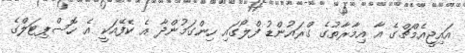
އައިޖީއެމްޗްގެ އާ އިމާރާތުގެ ގްރައުންޑު ފްލޯގައި ހިންގަމުންދާ އެ ކެފޭއަކީ އެ ހޮސްޕިޓަލްގެ